Report of the King Institute of Preventive Medicine, Guindy
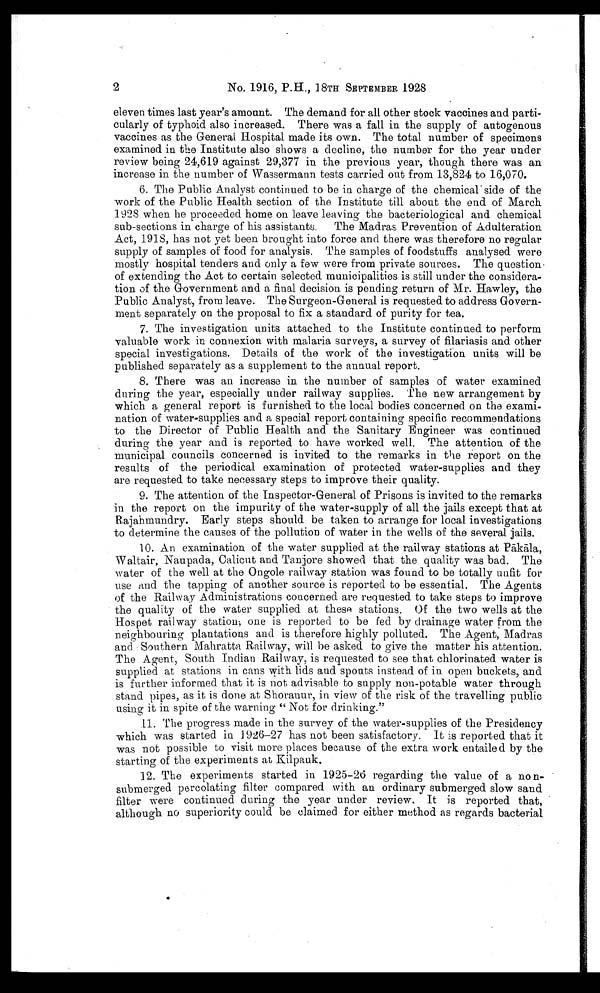
2
No. 1916, P.H., 18TH SEPTEMBER 1928
eleven times last year's amount. The demand for all other stock vaccines and parti-
cularly of typhoid also increased. There was a fall in the supply of autogenous
vaccines as the General Hospital made its own. The total number of specimens
examined in the Institute also shows a decline, the number for the year under
review being 24,619 against 29,377 in the previous year, though there was an
increase in the number of Wassermann tests carried out from 13,824 to 16,070.
6. The Public Analyst continued to be in charge of the chemical’ side of the
work of the Public Health section of the Institute till about the end of March
1928 when he proceeded home on leave leaving the bacteriological and chemical
sub-sections in charge of his assistants. The Madras Prevention of Adulteration
Act, 1918, has not yet been brought into force and there was therefore no regular
supply of samples of food for analysis. The samples of foodstuffs analysed were
mostly hospital tenders and only a few were from private sources. The question.
of extending the Act to certain selected. municipalities is still under the considera-
tion of the Government and a final decision is pending return of Mr. Hawley, the
Public Analyst, from leave. The Surgeon-General is requested to address Govern-
ment separately on the proposal to fix a standard of purity for tea.
7. The investigation units attached to the Institute continued to perform
valuable work in connexion with malaria surveys, a survey of filariasis and other
special investigations. Details of the work of the investigation units will be
published separately as a supplement to the annual report.
8. There was an increase in the number of samples of water examined
during the year, especially under railway supplies. The new arrangement by
which a general report is furnished to the local bodies concerned on the exami-
nation of water-supplies and a special report containing specific recommendations
to the Director of Public Health and the Sanitary Engineer was continued
during the year and is reported to have worked well. The attention of the
municipal councils concerned is invited to the remarks in the report on the
results of the periodical examination of protected water-supplies and they
are requested to take necessary steps to improve their quality.
9. The attention of the Inspector-General of Prisons is invited to the remarks
in the report on the impurity of the water-supply of all the jails except that at
Rajahmundry. Early steps should be taken to arrange for local investigations
to determine the causes of the pollution of water in the wells of the several jails.
10. An examination of the water supplied at the railway stations at Pakala
,
Waltair, Naupada, Galicut and Tanjore showed that the quality was bad. The
water of the well at the Ongole railway station was found to be totally unfit for
use and the tapping of another source is reported to be essential. The Agents
of the Railway Administrations concerned are requested to take steps to improve
the quality of the water supplied at these stations. Of the two wells at the
Hospet railway station; one is reported to be fed by drainage water from the
neighbouring plantations and is therefore highly polluted. The Agent, Madras
and Southern Mahratta Railway, will be asked to give the matter his attention.
The Agent, South Indian Railway, is requested to see that chlorinated water is
supplied at stations in cans with lids and spouts instead of in open buckets, and
is further informed that it is not advisable to supply non-potable water through
stand pipes, as it is done at Shoranur, in view of the risk of the travelling public
using it in spite of the warning " Not for drinking."
11. The progress made in the survey of the water-supplies of the Presidency
which was started in 19 2 6 - 2 7 h a s n o t b e e n s a t i s f a c t o r y . I ti
s
r e p o r t e d t h a t i t
was not possible to visit more places because of the extra work entailed by the
starting of the experiments at Kilpauk.
12. The experiments started in 1925-26 regarding the value of a non-
submerged percolating filter compared with an ordinary submerged slow sand
filter were continued during the year under review. It is reported that,
although no superiority could be claimed for either method as regards bacterial